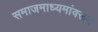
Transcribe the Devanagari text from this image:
समाजमाध्यमांवरून